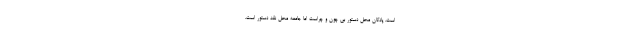
است. پادگان محل دستور بی چون و چراست اما جامعه محل نقد دستور است.